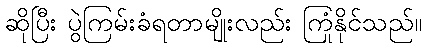
ဆိုပြီး ပွဲကြမ်းခံရတာမျိုးလည်း ကြုံနိုင်သည်။